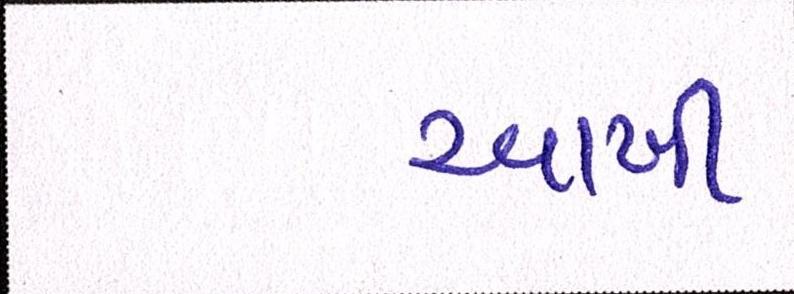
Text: આખી